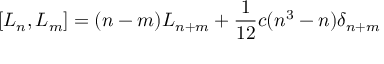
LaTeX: \left[ L _ { n } , L _ { m } \right] = ( n - m ) L _ { n + m } + \frac { 1 } { 1 2 } c ( n ^ { 3 } - n ) \delta _ { n + m }